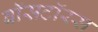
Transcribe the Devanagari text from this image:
बॉसटॉरस